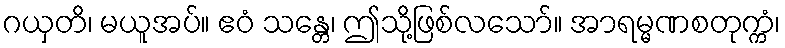
ဂယှတိ၊ မယူအပ်။ ဧဝံ သန္တေ၊ ဤသို့ဖြစ်လသော်။ အာရမ္မဏစတုက္ကံ၊